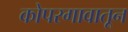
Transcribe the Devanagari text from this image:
कोपरगावातून